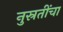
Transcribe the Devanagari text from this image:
नुस्रतींचा